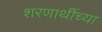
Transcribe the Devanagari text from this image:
शरणार्थीच्या